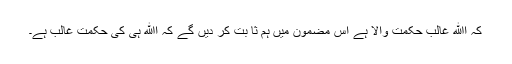
کہ اﷲ غالب حکمت والا ہے اس مضمون میں ہم ثا بت کر دیں گے کہ اﷲ ہی کی حکمت غالب ہے۔